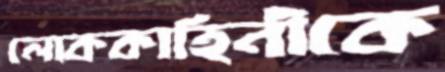
লোককাহিনীকে